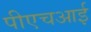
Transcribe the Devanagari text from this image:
पीएचआई